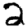
Digit: 2